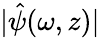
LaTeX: |\hat{\psi}(\omega,z)|